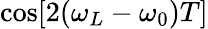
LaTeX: \mathrm{cos}[2(\omega_{L}-\omega_{0})T]